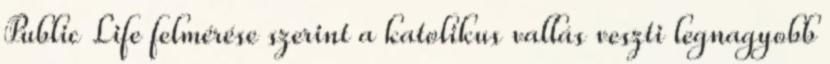
Public Life felmérése szerint a katolikus vallás veszti legnagyobb